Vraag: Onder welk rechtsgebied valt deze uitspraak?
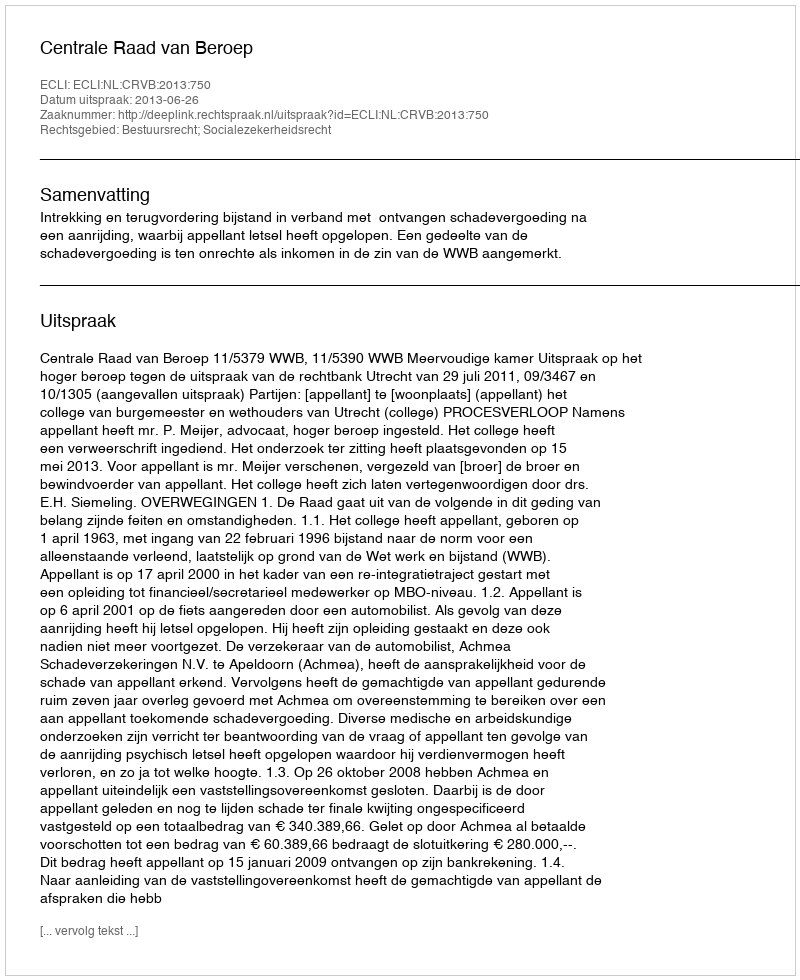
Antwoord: Bestuursrecht; Socialezekerheidsrecht